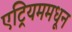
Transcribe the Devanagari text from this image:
एट्रियममधून